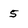
Character: 5